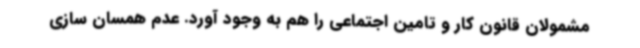
مشمولان قانون کار و تامین اجتماعی را هم به وجود آورد. عدم همسان سازی